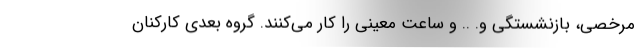
مرخصی، بازنشستگی و. .. و ساعت معینی را کار می‌کنند. گروه بعدی کارکنان